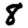
Digit: 8